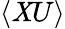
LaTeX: \langle\mathit{X}U\rangle